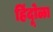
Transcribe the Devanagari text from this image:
हिंदूोळा